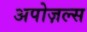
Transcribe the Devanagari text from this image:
अपोज़ल्स